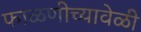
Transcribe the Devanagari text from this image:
फाळणीच्यावेळी